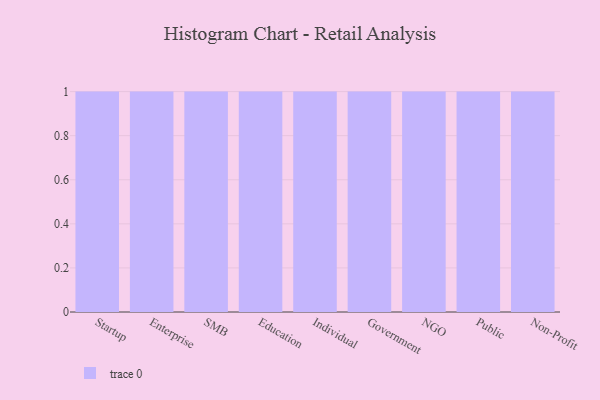
{"axis": {"x": "Segment", "y": "Inventory Turnover"}, "legend": [""], "data": [{"x": "Startup", "y": 55, "type": ""}, {"x": "Enterprise", "y": 77, "type": ""}, {"x": "SMB", "y": 99, "type": ""}, {"x": "Education", "y": 78, "type": ""}, {"x": "Individual", "y": 87, "type": ""}, {"x": "Government", "y": 97, "type": ""}, {"x": "NGO", "y": 45, "type": ""}, {"x": "Public", "y": 66, "type": ""}, {"x": "Non-Profit", "y": 91, "type": ""}]}